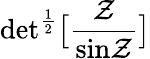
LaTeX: \mathrm{det}^{{\frac{1}{2}}}\bigl\lbrack\frac{\cal Z}{\mathrm{sin}{\cal Z}}\bigr\rbrack